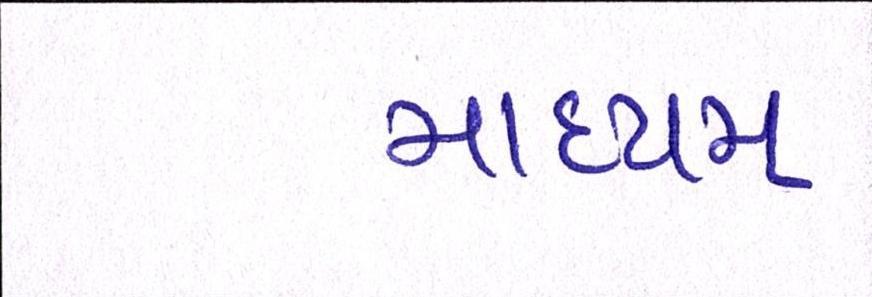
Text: માધ્યમ